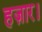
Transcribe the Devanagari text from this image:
हज़ार।